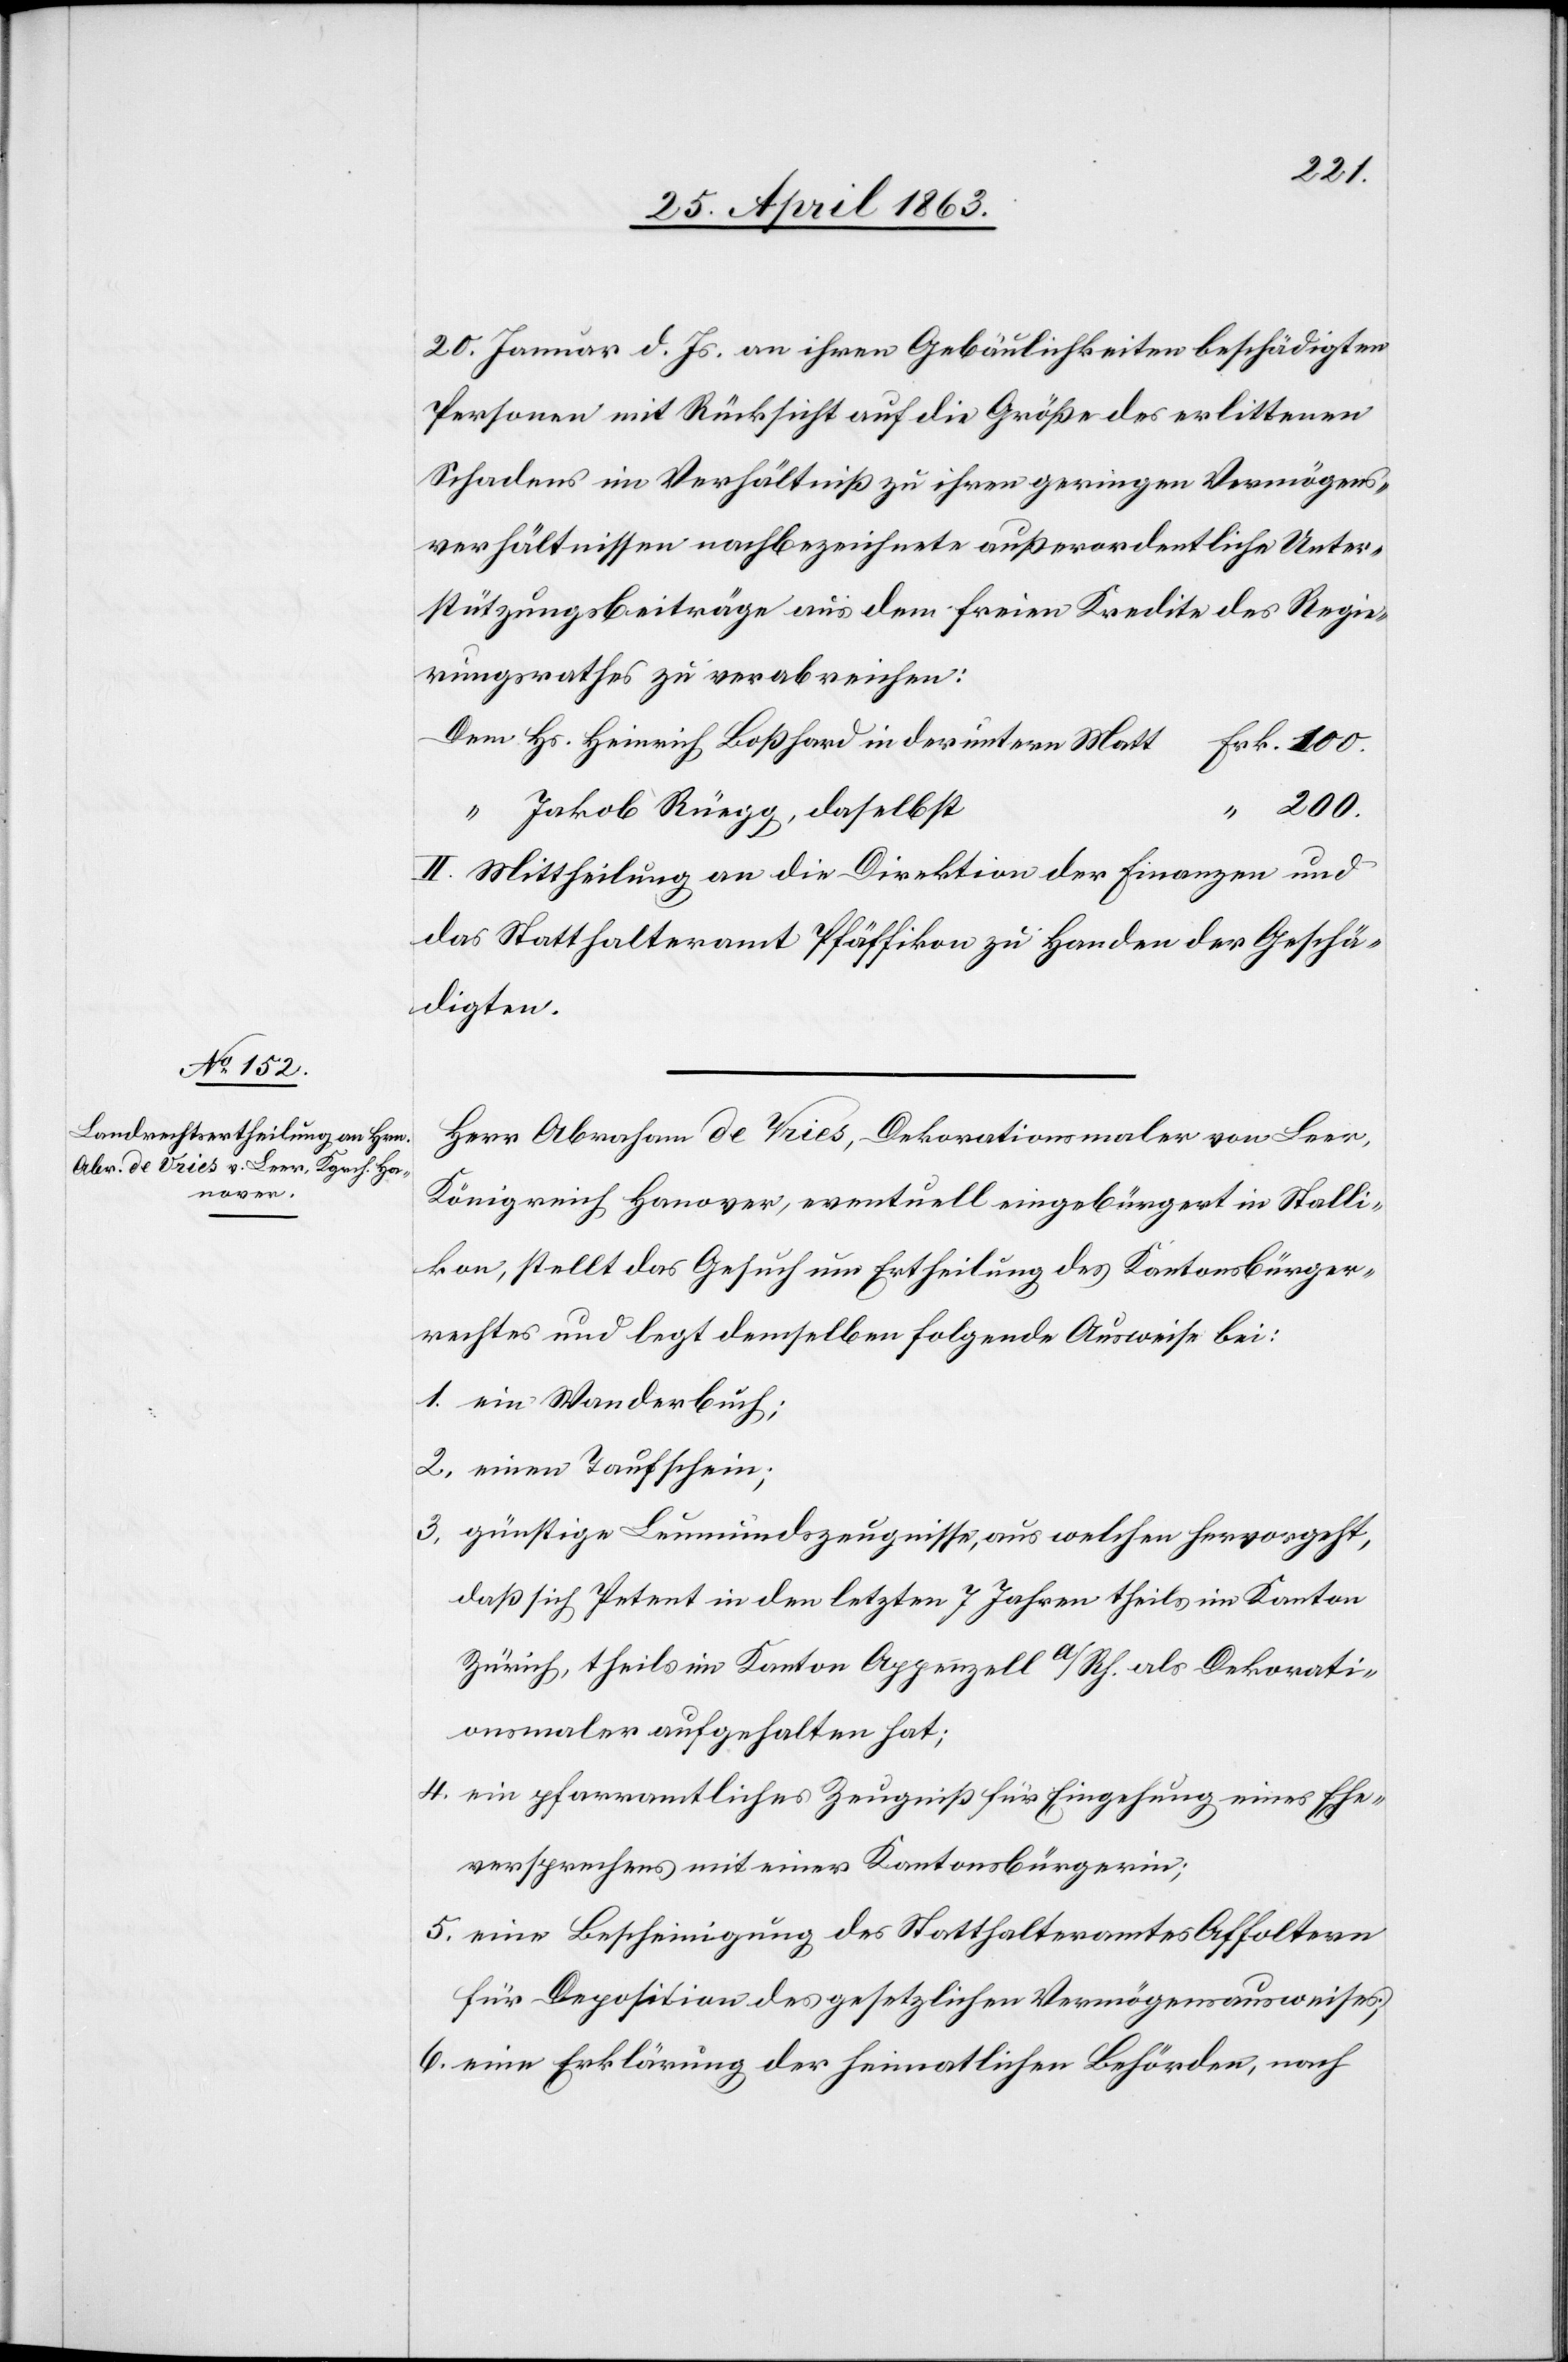
200.
20. Januar d. Js. an ihren Gebäulichkeiten beschädigten
Personen mit Rücksicht auf die Größe des erlittenen
Schadens im Verhältniß zu ihren geringen Vermögens¬
verhältnissen nachbezeichnete außerordentliche Unter¬
stützungsbeiträge aus dem freien Kredite des Regie¬
rungsrathes zu verabreichen:
Dem Hs. Heinrich Boßhard in der untern Matt
Frk. 100.
“ Jakob Rüegg, daselbst
II. Mittheilung an die Direktion der Finanzen und
das Statthalteramt Pfäffikon zu Handen der Geschä¬
digten.
Herr Abraham de Vries, Dekorationsmaler von Leer,
Königreich Hanover, eventuell eingebürgert in Stalli¬
kon, stellte das Gesuch um Ertheilung des Kantonsbürger¬
rechtes und legt demselben folgende Ausweise bei:
1. ein Wanderbuch;
2. einen Taufschein;
3. günstige Leumundszeugnisse, aus welchen hervorgeht,
daß sich Petent in den letzten 7 Jahren theils im Kanton
Zürich, theils im Kanton Appenzell a/Rh. als Dekorati¬
onsmaler aufgehalten hat;
4. ein pfarramtliches Zeugniß für Eingehung eines Ehe¬
versprechens mit einer Kantonsbürgerin;
5. eine Bescheinigung des Statthalteramtes Affoltern
für Deposition des gesetzlichen Vermögensausweises;
6. eine Erklärung der heimatlichen Behörden, nach